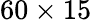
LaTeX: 60\times 15